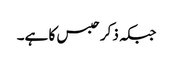
جبکہ ذکر حبس کا ہے۔